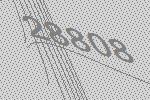
28808